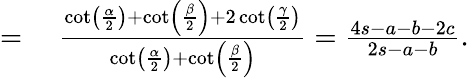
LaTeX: \begin{array}{rl}{={}}&{{}{\frac{\cot\left({\frac{\alpha}{2}}\right)+\cot\left({\frac{\beta}{2}}\right)+2\cot\left({\frac{\gamma}{2}}\right)}{\cot\left({\frac{\alpha}{2}}\right)+\cot\left({\frac{\beta}{2}}\right)}}={\frac{4s-a-b-2c}{2s-a-b}}.}\end{array}